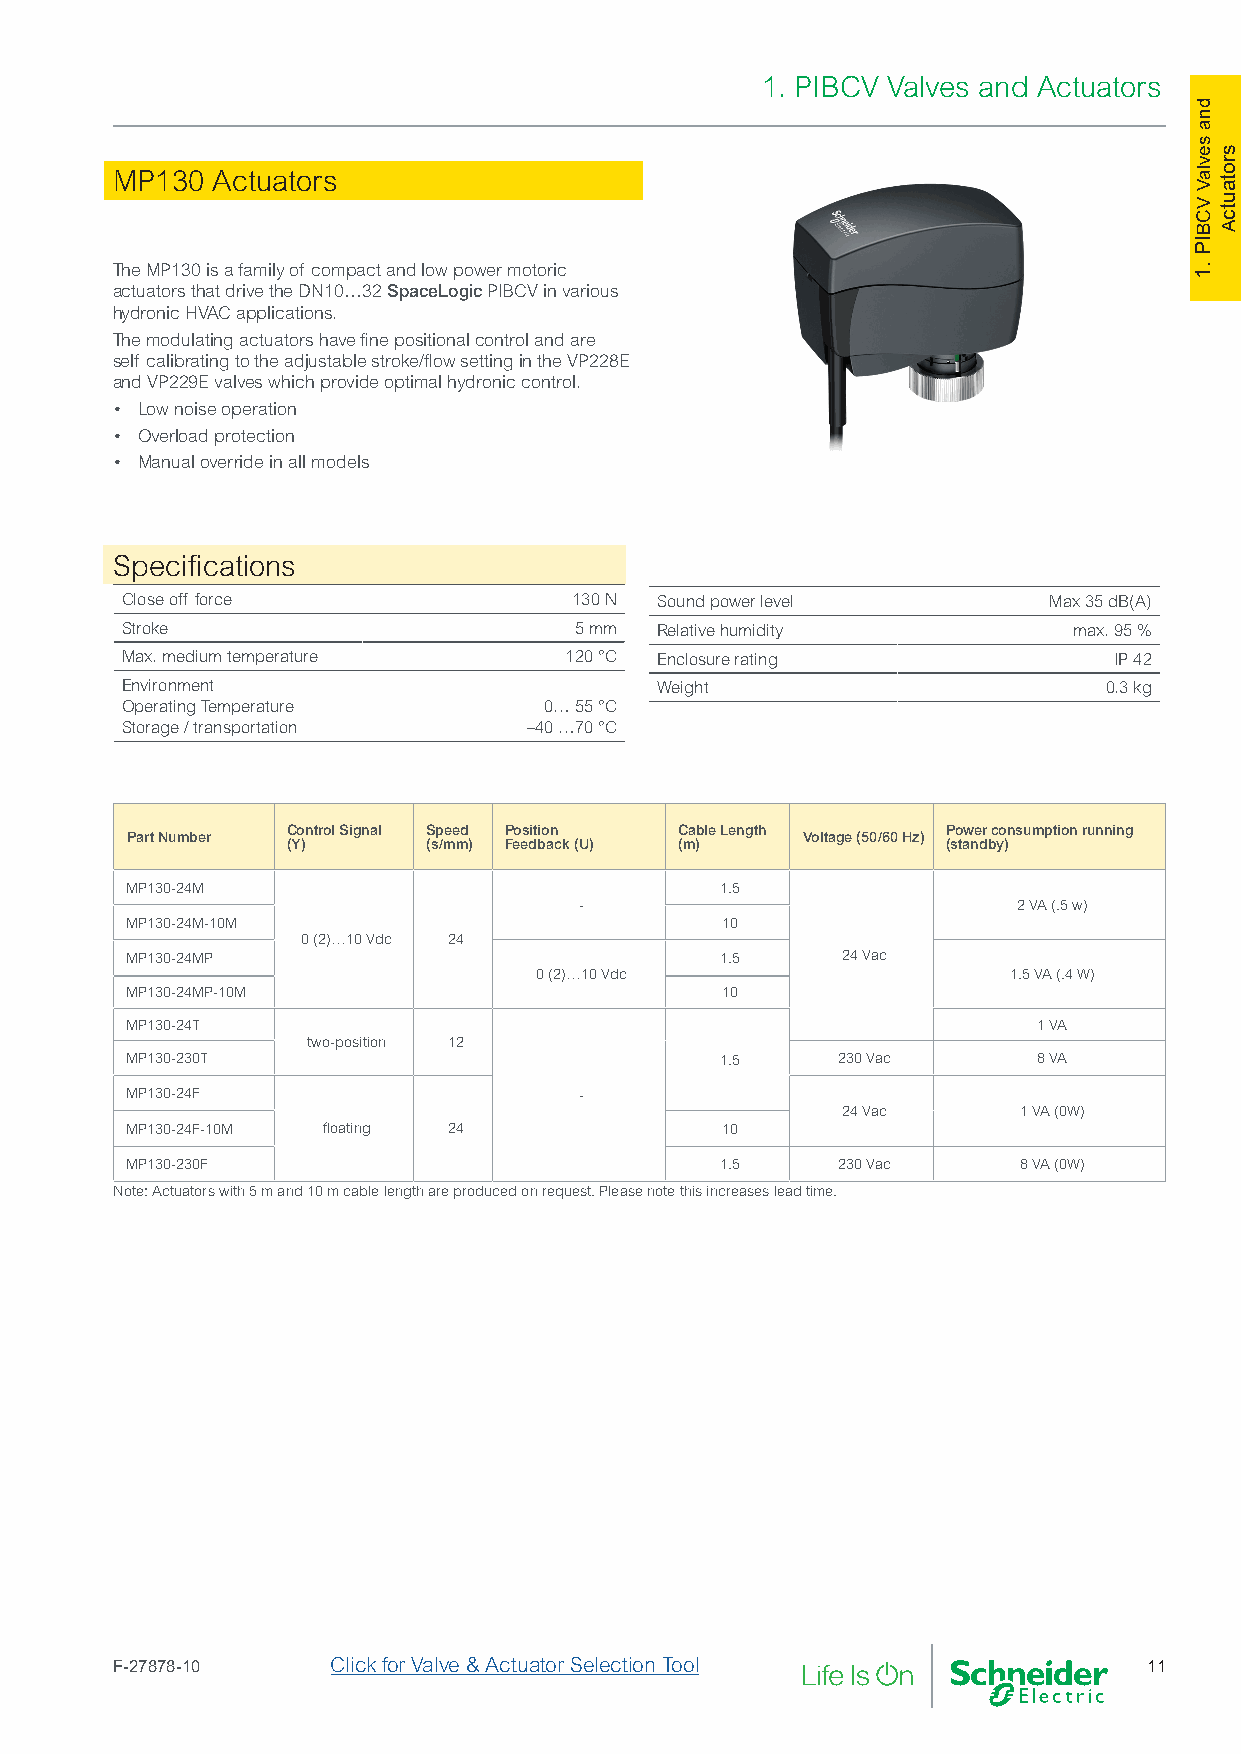
1. PIBCV Valves and Actuators
 MP130  Actuators
 The MP130 is a family of compact and low power motoric
 actuators that drive the DN10…32 SpaceLogic PIBCV in various
 hydronic HVAC applications.
 The modulating actuators have fine positional control and are
 self calibrating to the adjustable stroke/flow setting in the VP228E
 and VP229E valves which provide optimal hydronic control.
 • Low noise operation
 • Overload protection
 • Manual override in all models
 Specifications
 Close off force               130 N Sound power level        Max 35 dB(A)
 Stroke                        5 mm Relative humidity           max. 95 %
 Max. medium temperature      120 °C Enclosure rating              IP 42
 Environment                        Weight                        0.3 kg
 Operating Temperature       0… 55 °C
 Storage / transportation   –40 …70 °C
 Control Signal Speed Position Cable Length  Power consumption running
 Part Number                                  Voltage (50/60 Hz)
 (Y)      (s/mm) Feedback (U) (m)            (standby)
 MP130-24M                               1.5
 -                            2 VA (.5 w)
 MP130-24M-10M                           10
 0 (2)…10 Vdc 24
 MP130-24MP                              1.5     24 Vac
 0 (2)…10 Vdc                    1.5 VA (.4 W)
 MP130-24MP-10M                          10
 MP130-24T                                                    1 VA
 two-position 12
 MP130-230T                              1.5    230 Vac       8 VA
 MP130-24F                     -
 24 Vac     1 VA (0W)
 MP130-24F-10M floating 24               10
 MP130-230F                              1.5    230 Vac     8 VA (0W)
 Note: Actuators with 5 m and 10 m cable length are produced on request. Please note this increases lead time.
 F-27878-10     Click for Valve & Actuator Selection Tool             11
 dna
 sevlaV
 VCBIP
 .1
 srotautcA